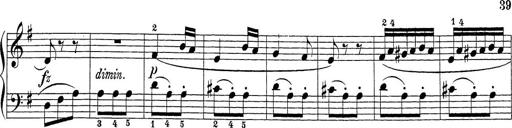
Title: Sonatina Album
Composer: Louis KÃ¶hler